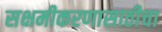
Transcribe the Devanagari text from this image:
सक्षमीकरणासाठीचा